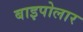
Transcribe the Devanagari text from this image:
बाइपोलार